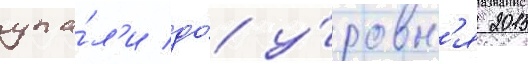
упа́л'и до́ у́ровн'я 2015